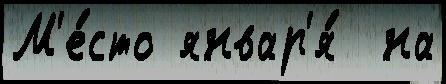
М'е́сто январ'я́  на